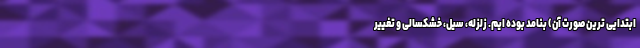
ابتدایی ترین صورت آن) بنامد بوده ایم. زلزله، سیل، خشکسالی و تغییر